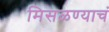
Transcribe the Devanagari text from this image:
मिसळण्याचं